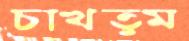
চাখতুম